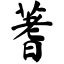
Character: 蓍